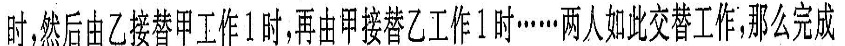
时，然后由乙接替甲工作1时，再由甲接替乙工作1时……两人如此交替I作，那么完成